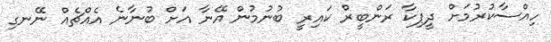
ހިއްސާކުރުމަށް ދީޕިކާ ރަންބީރް ކައިރީ ބުނުމުން އޭނާ އަށް ބުނާނެ އެއްޗެއް ނޭނގި